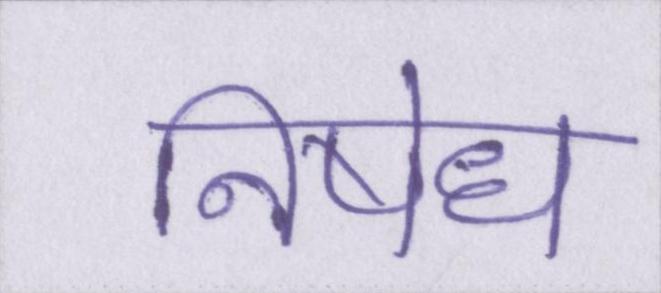
निषेध